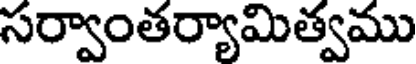
సర్వాంతర్యామిత్వము